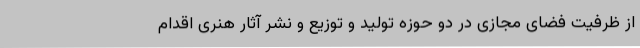
از ظرفیت فضای مجازی در دو حوزه تولید و توزیع و نشر آثار هنری اقدام